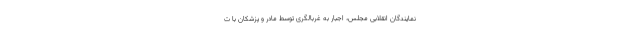
نمایندگان انقلابی مجلس، اجبار به غربالگری توسط مادر و پزشکان با ت